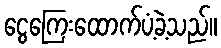
ငွေကြေးထောက်ပံ့ခဲ့သည်။